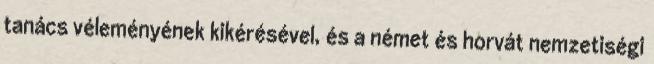
tanács véleményének kikérésével, és a német és horvát nemzetiségi